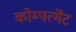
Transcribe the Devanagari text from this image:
कोम्पर्त्मेंट